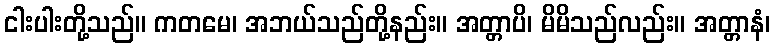
ငါးပါးတို့သည်။ ကတမေ၊ အဘယ်သည်တို့နည်း။ အတ္တာပိ၊ မိမိသည်လည်း။ အတ္တာနံ၊